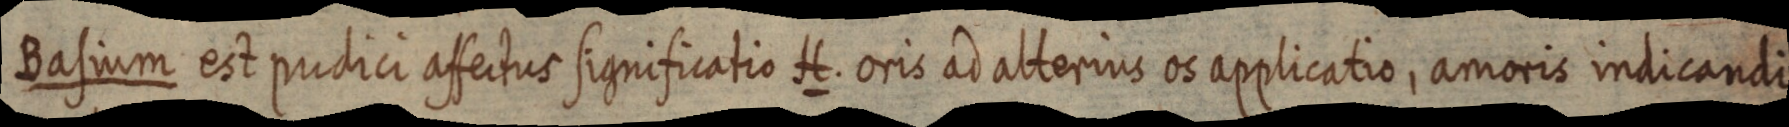
Basium est pudici affectus significatio H. oris ad alterius os applicatio, amoris indicandi